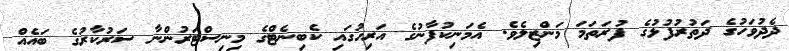
ދެދުވަހުގެ ދަތުރުފުޅުގެ ފުރަތަމަ މަންޒިލެވެ. އެމަނިކުފާނުގެ އަރިހުގައި ކެބިނެޓްގެ މިނިސްޓަރުންނާ ސަރުކާރުގެ ބައެއް